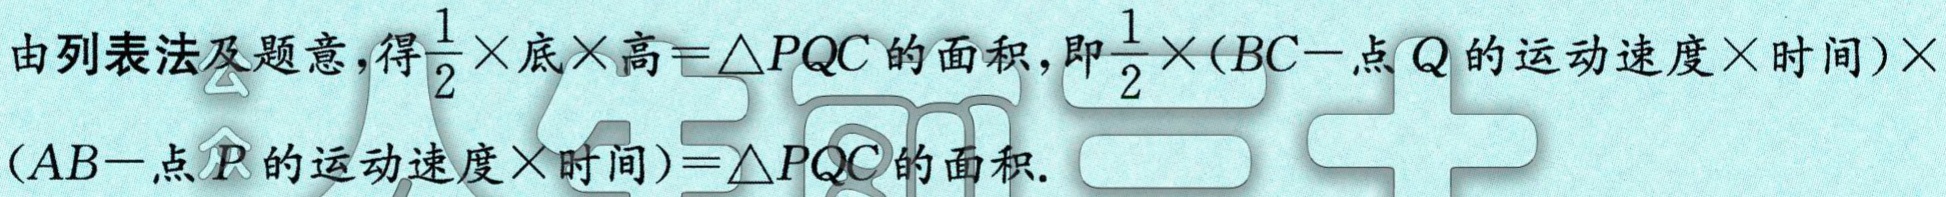
由列表法及题意，得$\frac{1}{2}\times 底\times 高=\triangle PQC的面积，即\frac{1}{2}\times (BC - 点Q的运动速度\times 时间)\times (AB - 点P的运动速度\times 时间)=\triangle PQC的面积.$